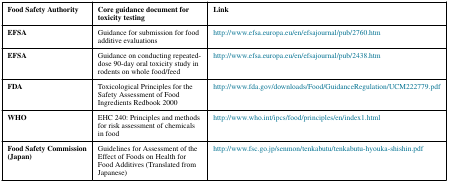
<table><thead><tr><td><b>Food Safety Authority</b></td><td><b>Core guidance document for toxicity testing</b></td><td><b>Link</b></td></tr></thead><tbody><tr><td><b>EFSA</b></td><td>Guidance for submission for food additive evaluations</td><td>http://www.efsa.europa.eu/en/efsajournal/pub/2760.htm</td></tr><tr><td><b>EFSA</b></td><td>Guidance on conducting repeated-dose 90-day oral toxicity study in rodents on whole food/feed</td><td>http://www.efsa.europa.eu/en/efsajournal/pub/2438.htm</td></tr><tr><td><b>FDA</b></td><td>Toxicological Principles for the Safety Assessment of Food Ingredients Redbook 2000</td><td>http://www.fda.gov/downloads/Food/GuidanceRegulation/UCM222779.pdf</td></tr><tr><td><b>WHO</b></td><td>EHC 240: Principles and methods for risk assessment of chemicals in food</td><td>http://www.who.int/ipcs/food/principles/en/index1.html</td></tr><tr><td><b>Food Safety Commission (Japan)</b></td><td>Guidelines for Assessment of the Effect of Foods on Health for Food Additives (Translated from Japanese)</td><td>http://www.fsc.go.jp/senmon/tenkabutu/tenkabutu-hyouka-shishin.pdf</td></tr></tbody></table>